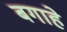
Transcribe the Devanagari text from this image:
बगाहे